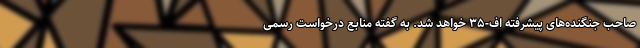
صاحب جنگنده‌های پیشرفته اف-۳۵ خواهد شد. به گفته منابع درخواست رسمی